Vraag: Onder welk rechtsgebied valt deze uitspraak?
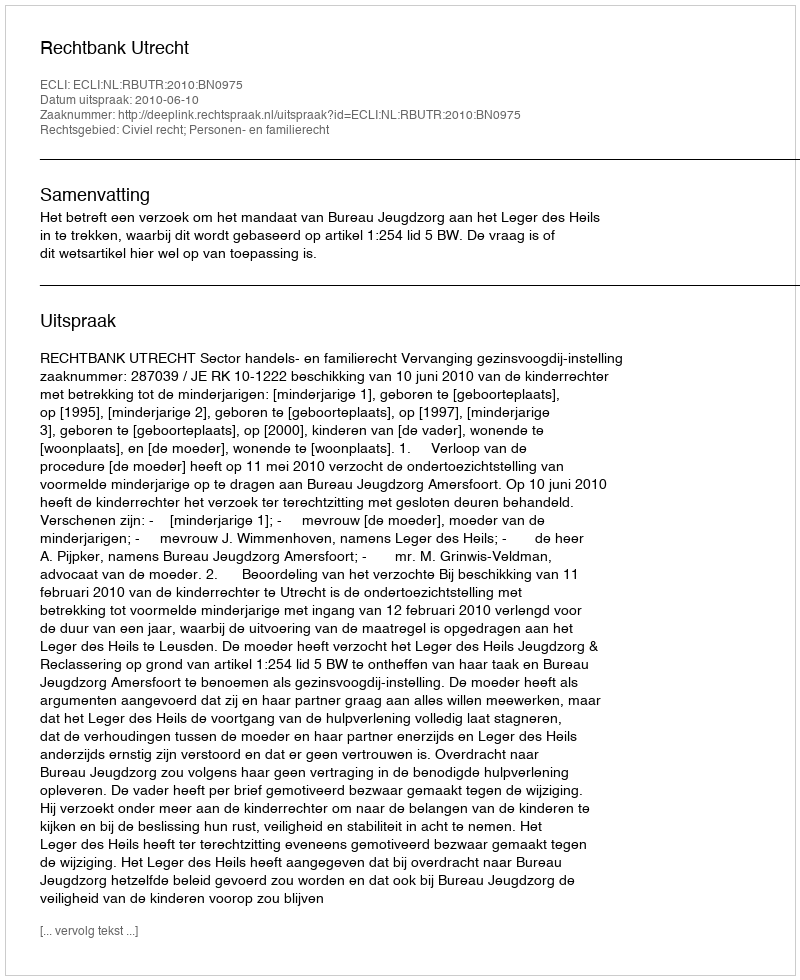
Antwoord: Civiel recht; Personen- en familierecht